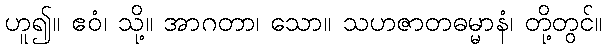
ဟူ၍။ ဧဝံ၊ သို့။ အာဂတာ၊ သော။ သဟဇာတဓမ္မာနံ၊ တို့တွင်။